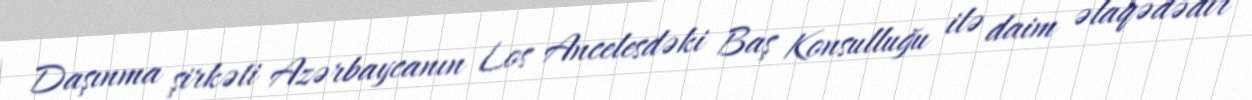
Daşınma şirkəti Azərbaycanın Los Ancelesdəki Baş Konsulluğu ilə daim əlaqədədir